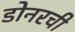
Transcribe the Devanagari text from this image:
डोनरची